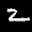
Label: 2